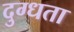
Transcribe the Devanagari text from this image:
दुग्धता